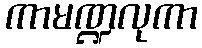
ကာမဏ္ဍလုကာ